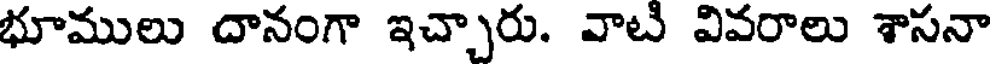
భూములు దానంగా ఇచ్చారు. వాటి వివరాలు శాసనా